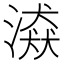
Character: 𣽼